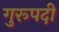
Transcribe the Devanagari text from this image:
गुरूपदी